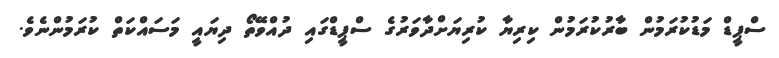
ސްޕީޑް މަޑުކުރަމުން ބާރުކުރަމުން ކިރިޔާ ކުރިޔަށްދާވަރުގެ ސްޕީޑްގައި ދުއްވޭތޯ ދިޔައީ މަސައްކަތް ކުރަމުންނެވެ.